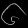
Digit: ၆